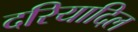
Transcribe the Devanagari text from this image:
दरियादिल